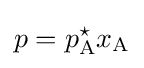
p=p_{\text{A}}^{\star }x_{\text{A}}